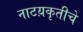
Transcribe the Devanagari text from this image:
नाटय़कृतीचे